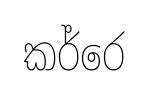
කර්රෙ